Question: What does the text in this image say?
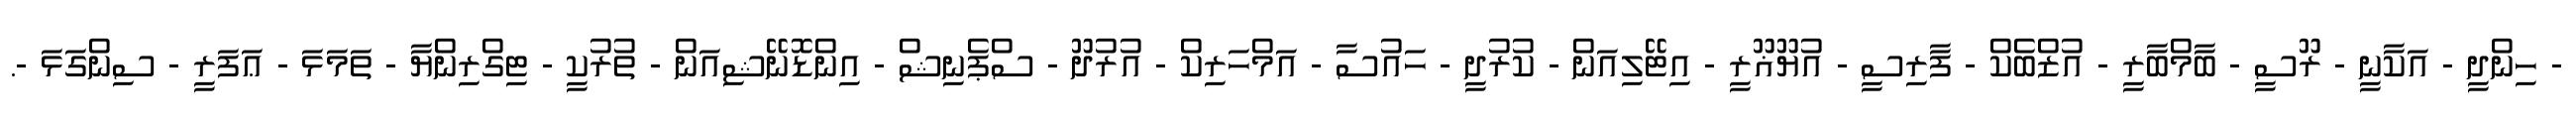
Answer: - ހިންދީ - އަކާނީ - ރޫސީ - ބާމްބާރީ - އުޒްބެކް - ފާރިސީ - އުޔޫޣޫރީ - އިޓޭލިއަން - ކުރުދީ - ހައުސާ - އަމްހަރިކް - އުރުދޫ - ސްޕެނިޝް - އިންޑޮނޭޝިއަން - ތުރުކީ - ޓިގްރިންޔާ - ތަމަޅަ - ޢަފަރީ - ސިންގަޅަ -.